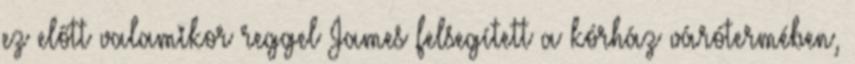
ez előtt valamikor reggel James felsegített a kórház várótermében,